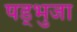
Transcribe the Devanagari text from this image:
षड्भुजा